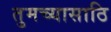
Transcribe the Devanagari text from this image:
तुमच्यासाठि